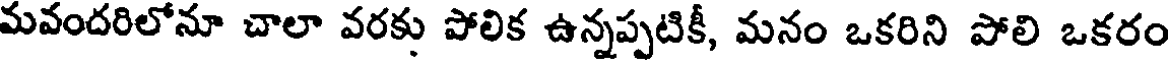
మవందరిలోనూ చాలా వరకు పోలిక ఉన్నప్పటికీ, మనం ఒకరిని పోలి ఒకరం